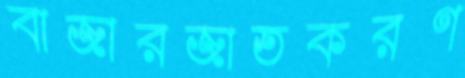
বাজারজাতকরণ